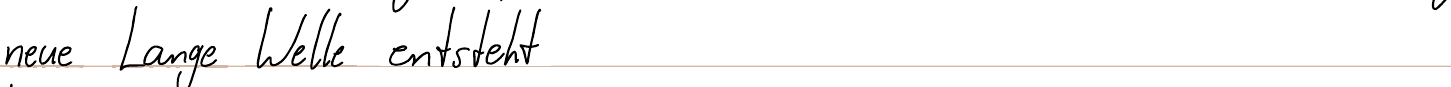
neue Lange Welle entsteht